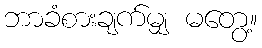
ဘာခံစားချက်မျှ မတွေ့။